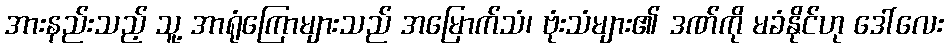
အားနည်းသည့် သူ့ အာရုံကြောများသည် အမြောက်သံ၊ ဗုံးသံများ၏ ဒဏ်ကို မခံနိုင်ဟု ဒေါ်လေး